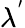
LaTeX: \lambda^{'}